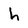
Character: h